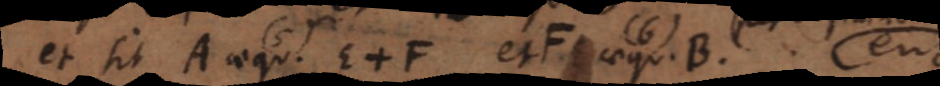
et sit A aequ. E + F et F aequ. B, erit